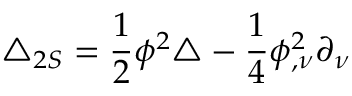
\triangle _ { 2 S } = \frac { 1 } { 2 } \phi ^ { 2 } \triangle - \frac { 1 } { 4 } \phi _ { , \nu } ^ { 2 } \partial _ { \nu }